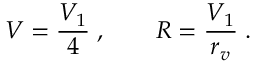
V = \frac { V _ { 1 } } { 4 } \; , \qquad R = \frac { V _ { 1 } } { r _ { v } } \; .